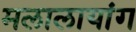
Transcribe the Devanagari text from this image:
मलालायांग